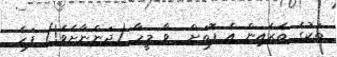
ތަކުގެ ތެރެއިން އެ ފޮތަށް  ވާ މީހާ (ދަންނާށެވެ!) ފަހެ